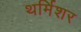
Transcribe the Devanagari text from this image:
थर्मिशर